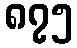
၈၇၅